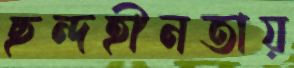
ছন্দহীনতায়